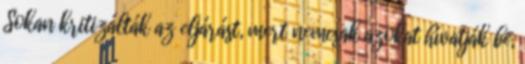
Sokan kritizálták az eljárást, mert nemcsak azokat hívatják be,